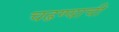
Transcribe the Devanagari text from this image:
चढण्याची